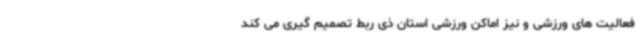
فعالیت های ورزشی و نیز اماکن ورزشی استان ذی ربط تصمیم گیری می کند